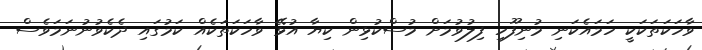
ވާހަކަތަކަކީ ހަމައެކަނި މުނިފޫހި ފިލުވުމަށް މުސްކުޅިން ކިޔާ އުޅޭ ވާހަކަތަކެއް ކަމުގައި ދެކެވުނުނަމަވެސް